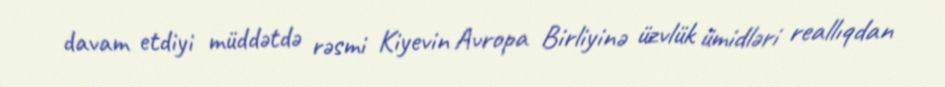
davam etdiyi müddətdə rəsmi Kiyevin Avropa Birliyinə üzvlük ümidləri reallıqdan